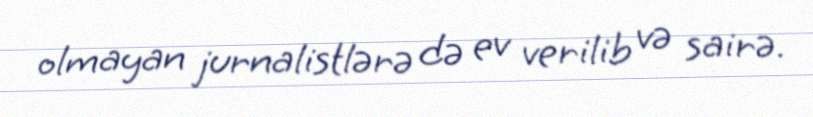
olmayan jurnalistlərə də ev verilib və sairə.